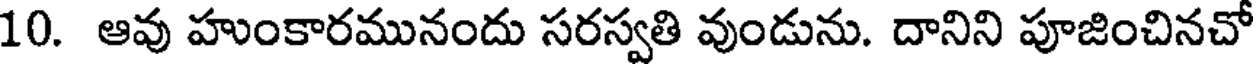
10. ఆవు హుంకారమునందు సరస్వతి వుండును. దానిని పూజించినచో